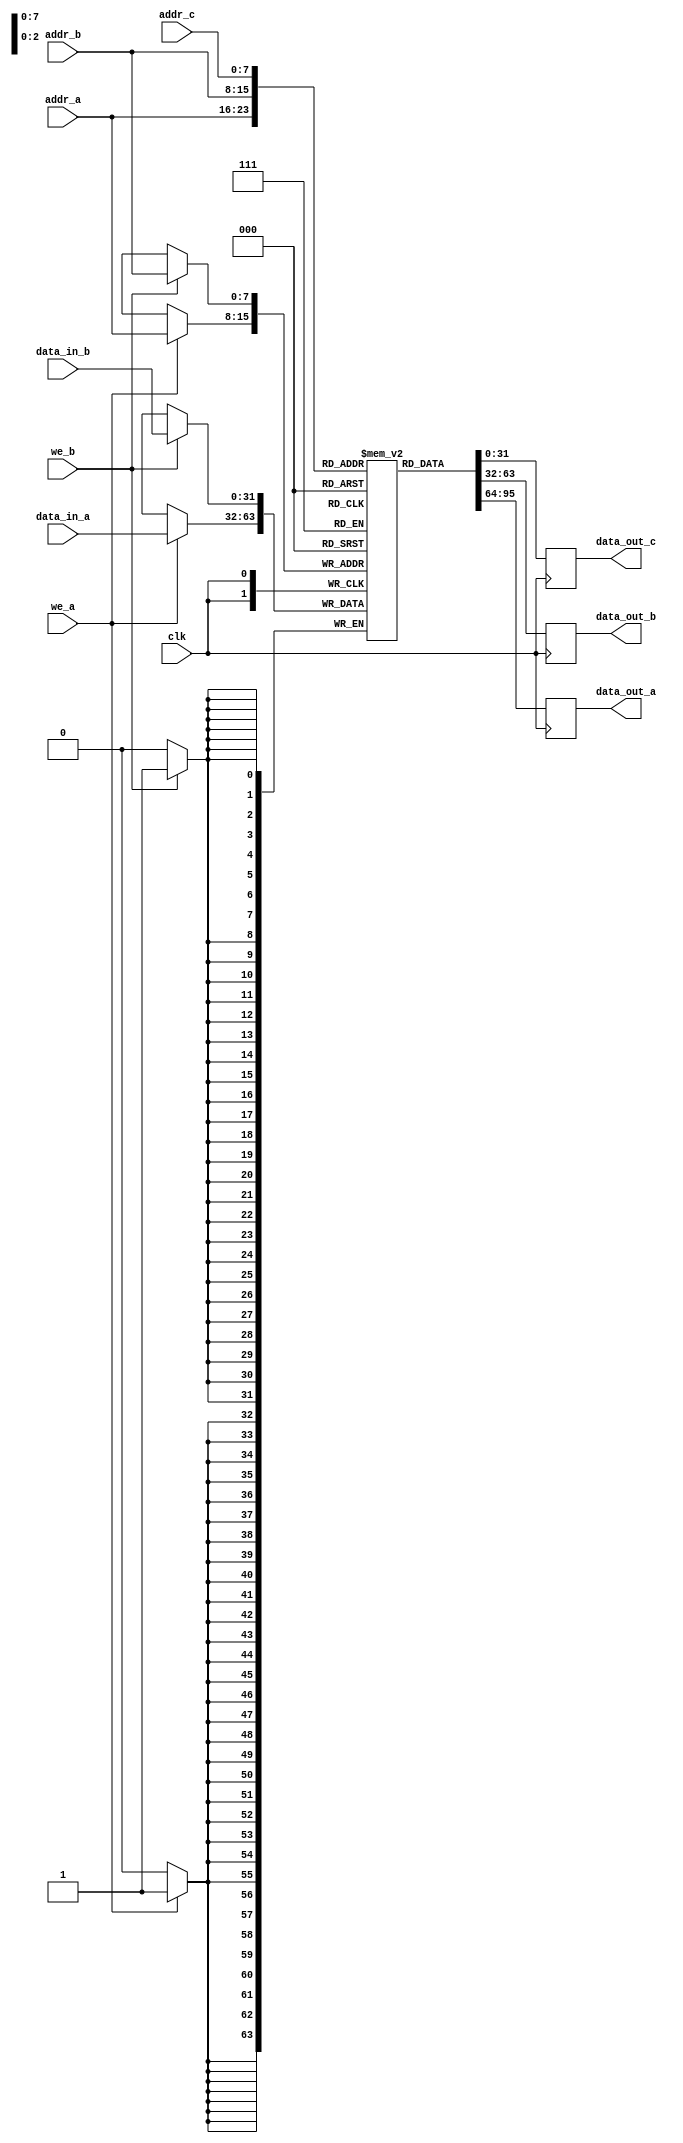
module triple_port_ram #(
    parameter addr_width = 8, // Address width
    parameter data_width = 32 // Data width
) (
    input                       clk,        // Clock signal
    input                       we_a,       // Write enable for Port A
    input [addr_width-1:0]     addr_a,     // Address for Port A
    input [data_width-1:0]     data_in_a,  // Data input for Port A
    output reg [data_width-1:0] data_out_a, // Data output for Port A

    input                       we_b,       // Write enable for Port B
    input [addr_width-1:0]     addr_b,     // Address for Port B
    input [data_width-1:0]     data_in_b,  // Data input for Port B
    output reg [data_width-1:0] data_out_b, // Data output for Port B

    input [addr_width-1:0]     addr_c,     // Address for Port C
    output reg [data_width-1:0] data_out_c  // Data output for Port C
);

    // Memory array
    reg [data_width-1:0] memory [(2**addr_width)-1:0];

    // Write Operation for Port A
    always @(posedge clk) begin
        if (we_a) begin
            memory[addr_a] <= data_in_a; // Write data to memory
        end
        data_out_a <= memory[addr_a]; // Read data from memory (immediate for Port A)
    end

    // Write Operation for Port B
    always @(posedge clk) begin
        if (we_b) begin
            memory[addr_b] <= data_in_b; // Write data to memory
        end
        data_out_b <= memory[addr_b]; // Read data from memory (immediate for Port B)
    end

    // Read Operation for Port C
    always @(posedge clk) begin
        data_out_c <= memory[addr_c]; // Read data from memory (Port C)
    end

    // Optional Initialization Logic (Not in use in this version)
    initial begin
        // You can initialize the memory here if needed
        // Example: 
        // memory[0] = 32'hFFFFFFFF; // Set the first address to all 1s
    end

endmodule